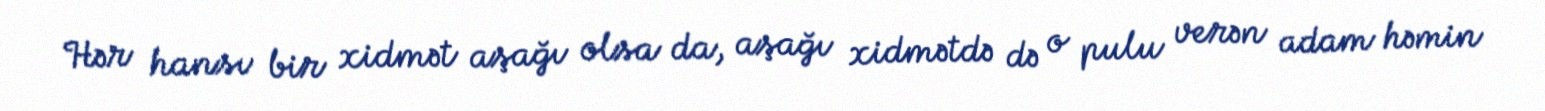
Hər hansı bir xidmət aşağı olsa da, aşağı xidmətdə də o pulu verən adam həmin